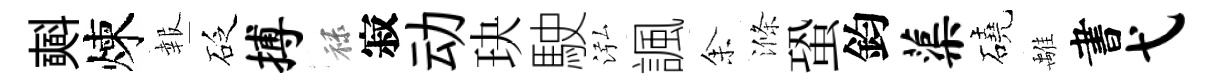
𣂏煉報砭搏禄寂动玦駛泓諷𪜬滌蛩鈞蕖磽𩀌書弋